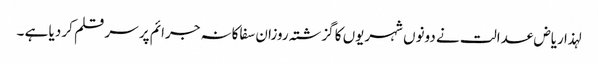
لہذا ریاض عدالت نے دونوں شہریوں کا گزشتہ روزان سفاکانہ جرائم پر سر قلم کر دیا ہے ۔